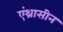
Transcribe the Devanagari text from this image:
एंथ्रासीन